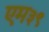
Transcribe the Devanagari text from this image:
एम३९